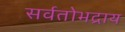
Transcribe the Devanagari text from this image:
सर्वतोभद्राय